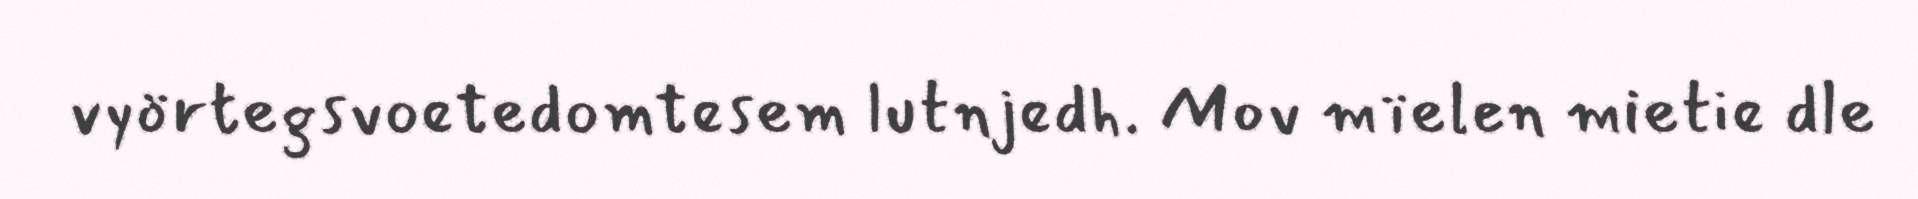
vyörtegsvoetedomtesem lutnjedh. Mov mïelen mietie dle